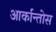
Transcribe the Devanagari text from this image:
आर्कान्तोस